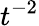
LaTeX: t^{-2}